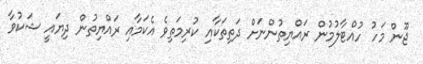
ޖޫން މަހު ހުއްޓާލުމުން ރައްޔިތުންނަށް ދަތިތަކާއި ކުރިމަތިވެ އެކަމާއި ރައްޔިތުން ދިޔައީ ޝަކުވާ